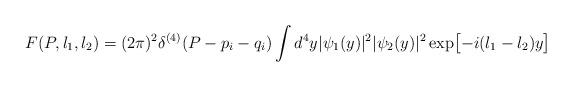
LaTeX: \begin{align*}F(P,l_1,l_2)=(2\pi)^2\delta^{(4)}(P-p_i-q_i)\int d^4y|\psi_1(y)|^2|\psi_2(y)|^2\exp\bigl[-i(l_1-l_2)y\bigr]\end{align*}